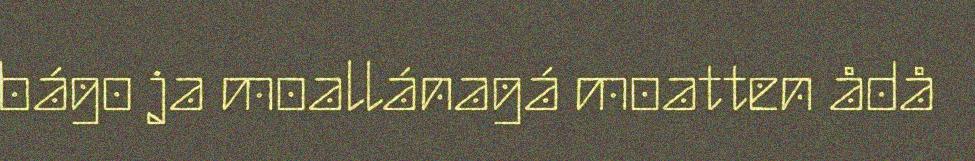
bágo ja moallánagá moatten ådå